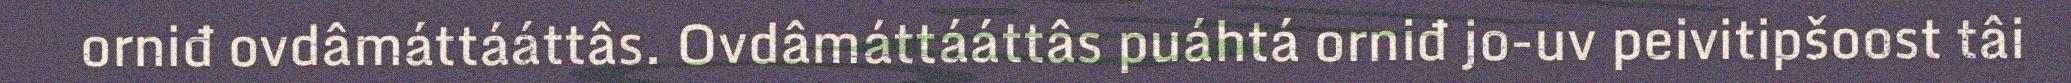
orniđ ovdâmáttááttâs. Ovdâmáttááttâs puáhtá orniđ jo-uv peivitipšoost tâi